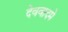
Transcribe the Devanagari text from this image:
देववादमे